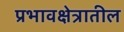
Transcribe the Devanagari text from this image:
प्रभावक्षेत्रातील